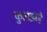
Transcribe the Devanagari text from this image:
फुलझडे